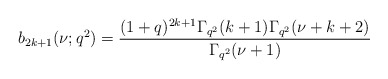
\begin{align*}b_{2k+1}(\nu;q^2)=\frac{(1+q)^{2k+1}\Gamma_{q^2}(k+1)\Gamma_{q^2}(\nu+k+2)}{\Gamma_{q^2}(\nu+1)}\end{align*}